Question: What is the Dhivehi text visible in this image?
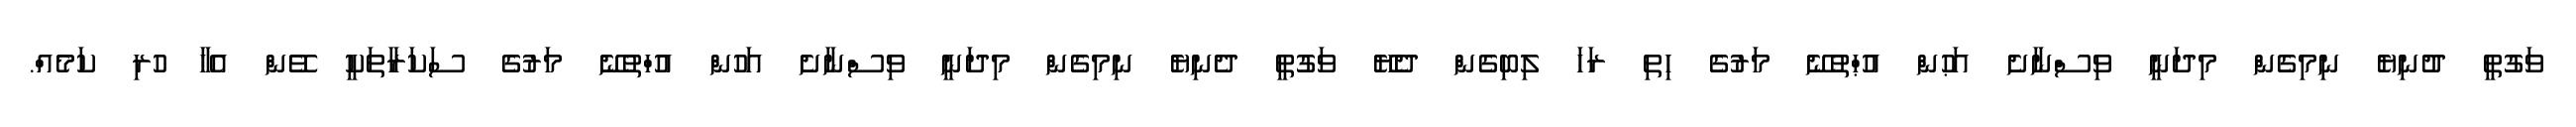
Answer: ވަގުތީ ދުނިޔެ ނިމިގެން މިދަނީ ވިސްނާށެ އަޙުން އުޙްތުނޭ މަރުގެ ހިތި ރަހަ ލިބިގެން ދެޔޭ ވަގުތީ ދެނިޔެ ނިމިގެން މިދަނީ ވިސްނާށެ އަހުން އުހްތުނޭ މަރުގެ ސަކަރާތަކީ ވޭން އެހާ ހުރި ކަމެއް.